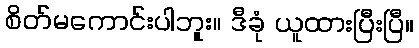
စိတ်မကောင်းပါဘူး။ ဒီခုံ ယူထားပြီးပြီ။